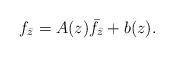
LaTeX: \begin{align*}f_{\bar z}=A(z)\bar f_{\bar z}+b(z).\end{align*}